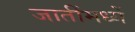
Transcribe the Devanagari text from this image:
जातींमध्यें